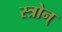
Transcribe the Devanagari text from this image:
स्त्रोन्